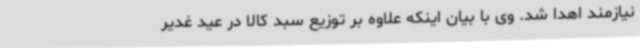
نیازمند اهدا شد. وی با بیان اینکه علاوه بر توزیع سبد کالا در عید غدیر